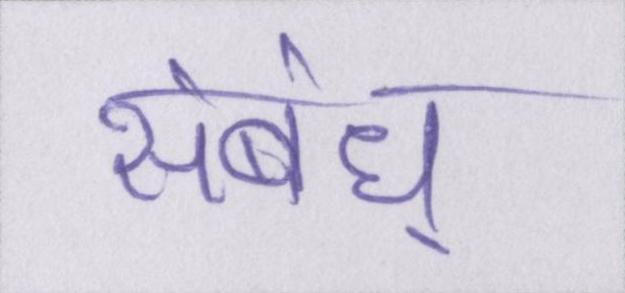
संबंध्